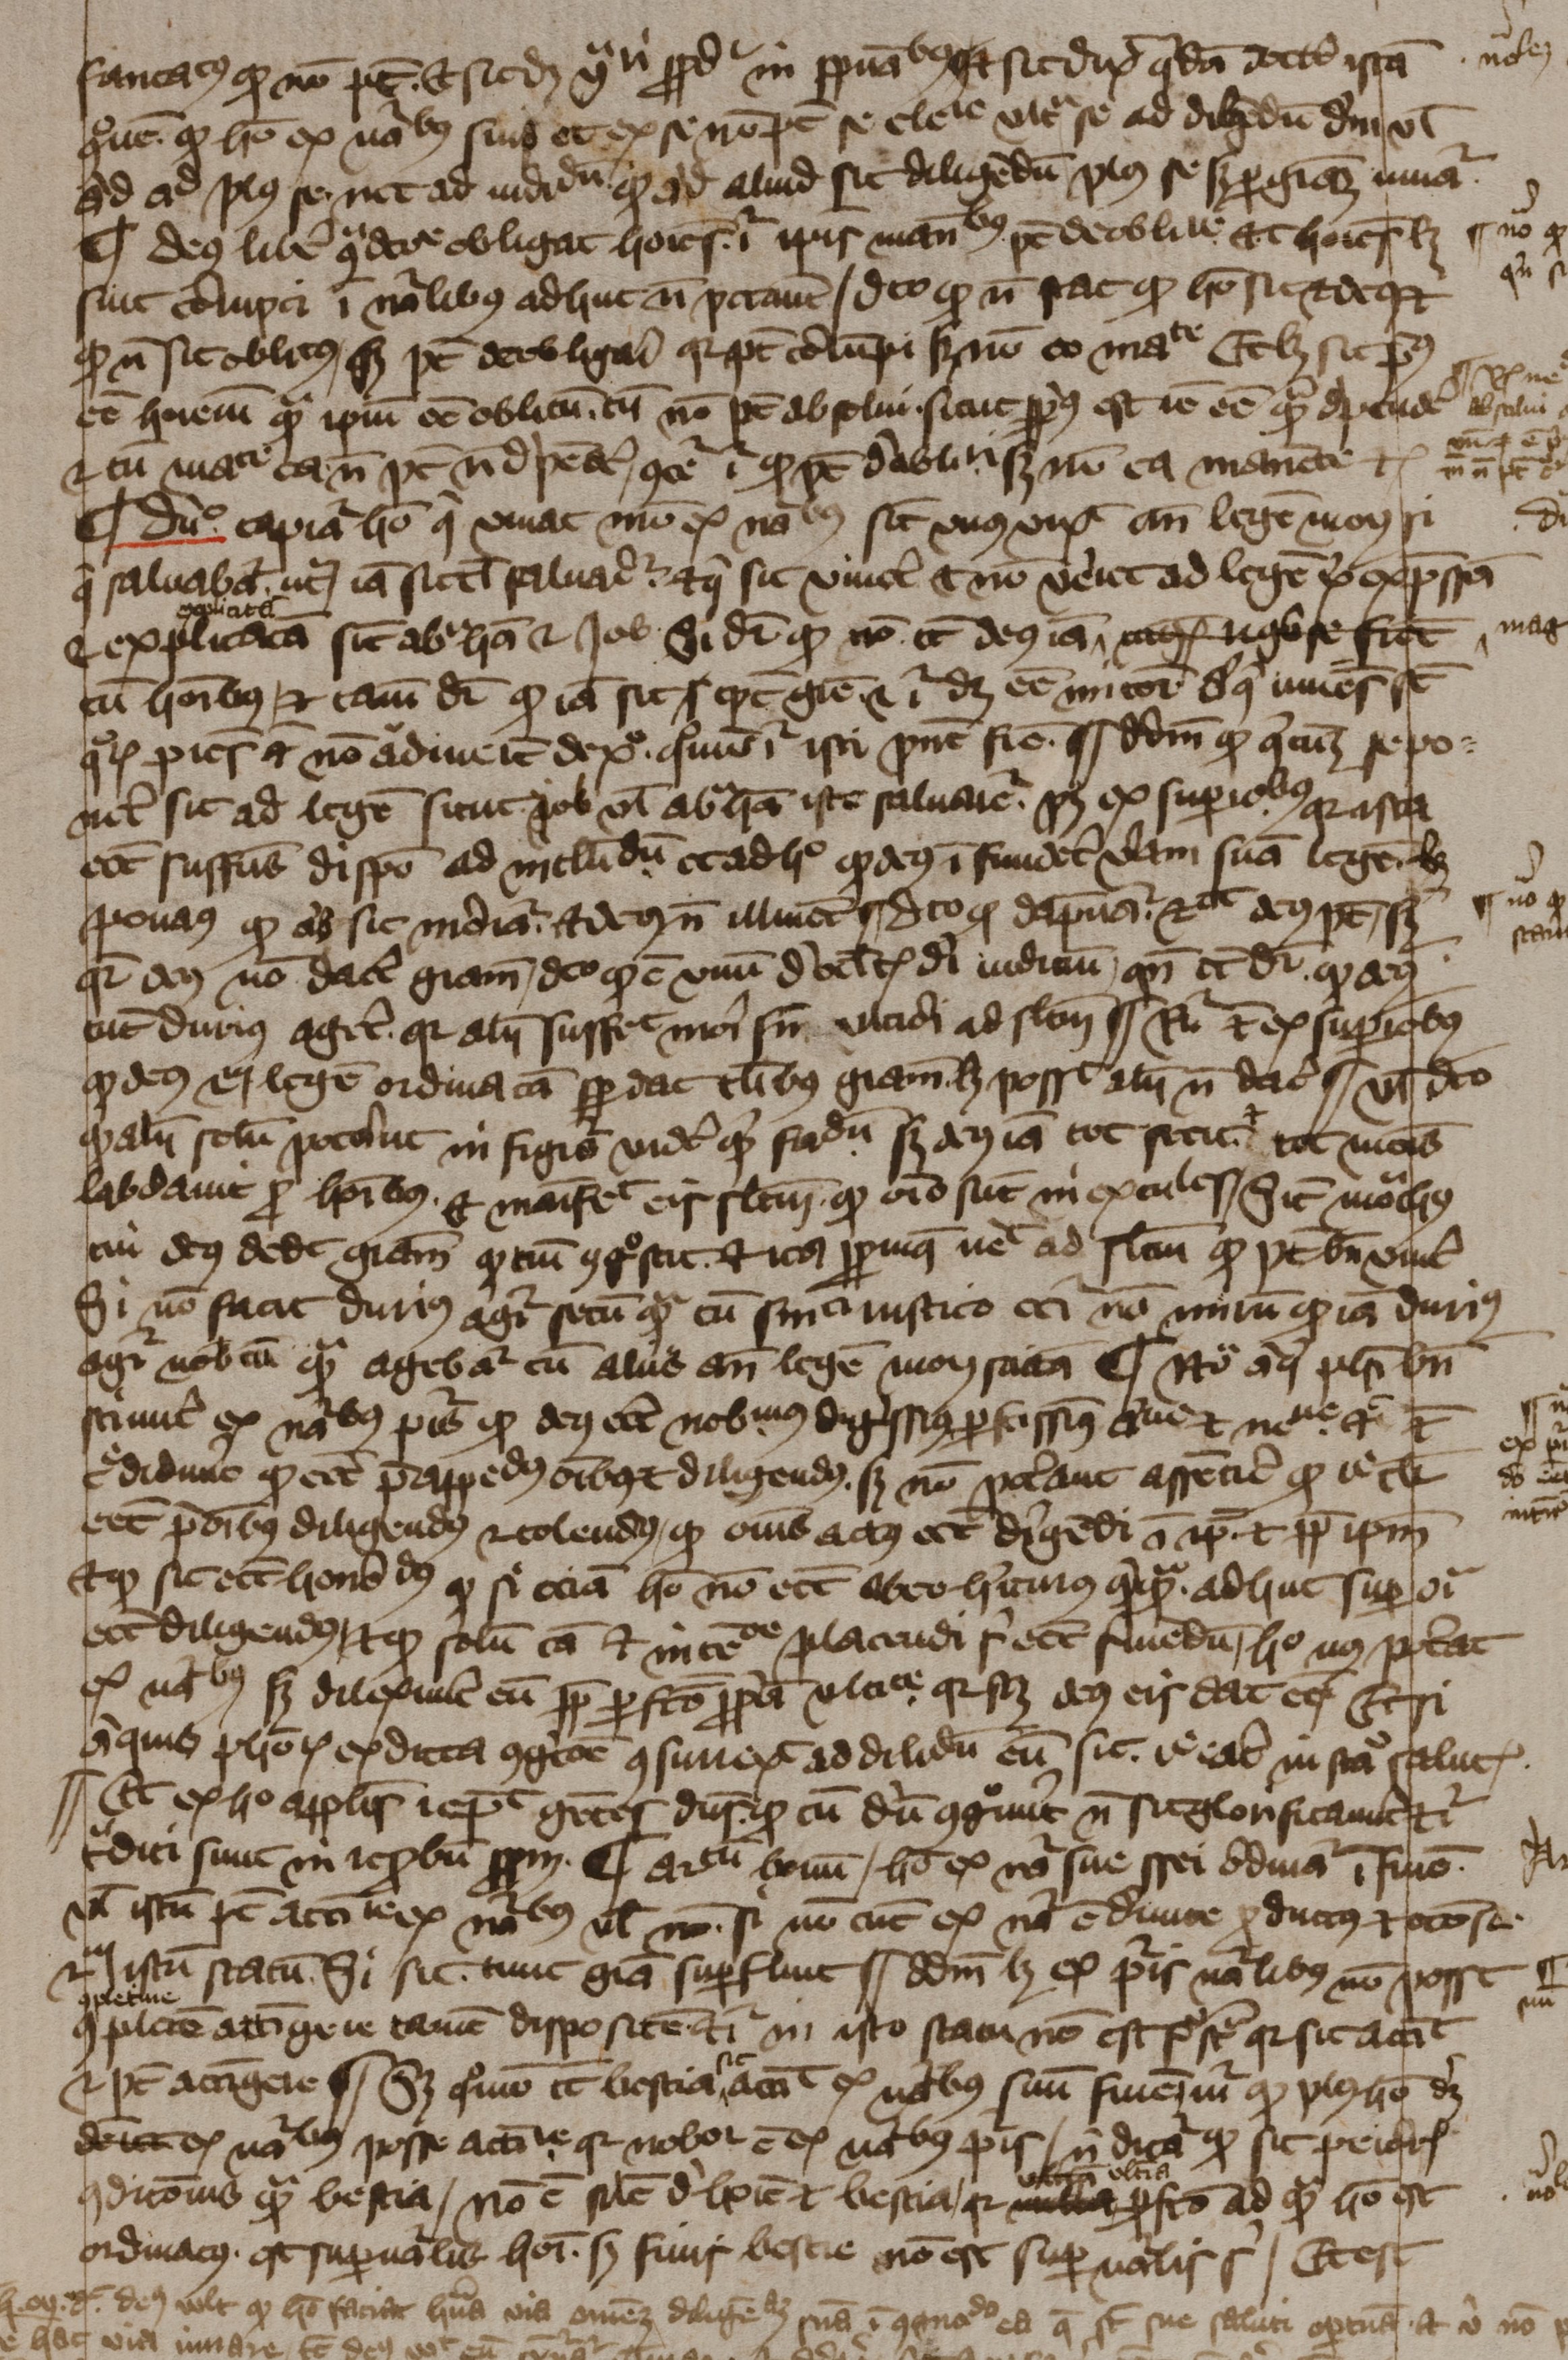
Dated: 1394–1397